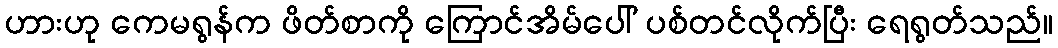
ဟားဟု ကေမရွန်က ဖိတ်စာကို ကြောင်အိမ်ပေါ် ပစ်တင်လိုက်ပြီး ရေရွတ်သည်။